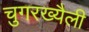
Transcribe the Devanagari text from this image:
चुगरख्यैली